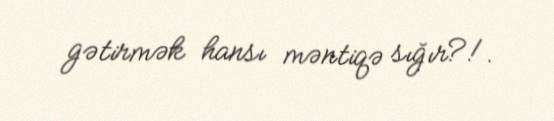
gətirmək hansı məntiqə sığır?!.